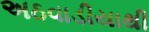
અઠવાડીયાથી